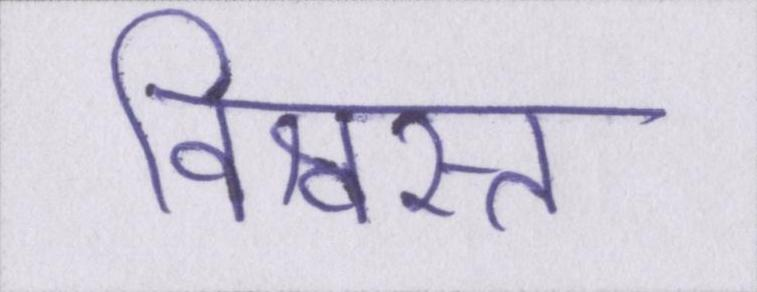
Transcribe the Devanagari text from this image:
विश्वस्त